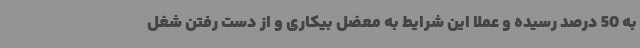
به 50 درصد رسیده و عملا این شرایط به معضل بیکاری و از دست رفتن شغل